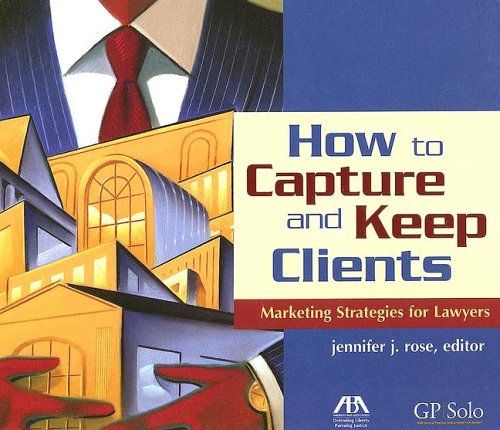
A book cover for How to Capture and Keep Clients: Marketing Strategies for Lawyers; Jennifer J. Rose; Law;